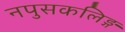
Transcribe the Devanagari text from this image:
नपुसकलिङ्ग